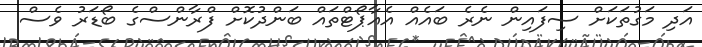
އަދި މަގުތަކަށް ސިފައިން ނެރެ ބައެއް އެއާޕޯޓްތައް ބަންދުކޮށް ފްރާންސްގެ ބޯޑަރު ވެސް